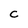
Character: C